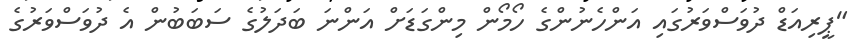
"ޕީރިއަޑް ދުވަސްވަރުގައި އަންހެނުންގެ ހޯމޯން މިންގަޑަށް އަންނަ ބަދަލުގެ ސަބަބުން އެ ދުވަސްވަރުގެ